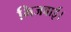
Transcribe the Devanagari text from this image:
भिजवाई।